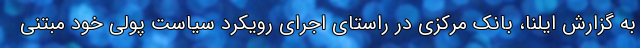
به گزارش ایلنا، بانک مرکزی در راستای اجرای رویکرد سیاست پولی خود مبتنی